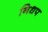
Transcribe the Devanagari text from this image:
निधप